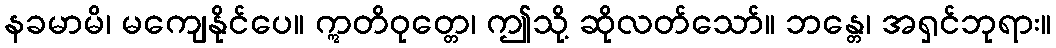
နခမာမိ၊ မကျေနိုင်ပေ။ ဣတိဝုတ္တေ၊ ဤသို့ ဆိုလတ်သော်။ ဘန္တေ၊ အရှင်ဘုရား။